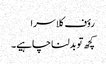
رؤف کلاسرا
کچھ تو بدلنا چاہیے۔